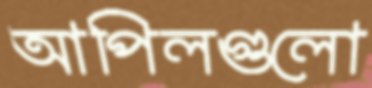
আপিলগুলো